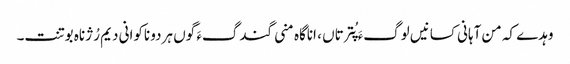
وہدے کہ من آہانی کسانیں لوگءَ پُترتاں ، اناگاہ منی گندگءَ گوں ہردو ناکوانی دیم رُژناہ بوتنت۔